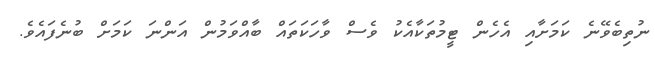
ނުތިބެވޭނެ ކަމަށާއި އެހެން ޓީމުތަކާއެކު ވެސް ވާހަކަތައް ބާއްވަމުން އަންނަ ކަމަށް ބުނެފައެވެ.